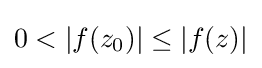
0<|f(z_{0})|\leq |f(z)|